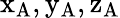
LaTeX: \mathrm{x_{A},y_{A},z_{A}}